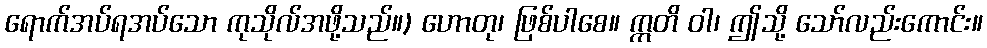
ရောက်အပ်ရအပ်သော ကုသိုလ်အဖို့သည်။) ဟောတု၊ ဖြစ်ပါစေ။ ဣတိ ဝါ၊ ဤသို့ သော်လည်းကောင်း။